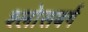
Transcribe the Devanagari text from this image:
श्लोसबर्ग